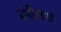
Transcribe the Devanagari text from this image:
संगीतकारो